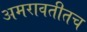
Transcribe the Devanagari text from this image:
अमरावतीतच